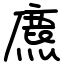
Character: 麃